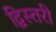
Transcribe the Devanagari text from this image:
द्विस्तरी